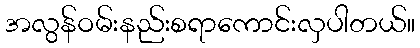
အလွန်ဝမ်းနည်းစရာကောင်းလှပါတယ်။